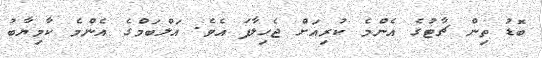
ބޮޑު ތިން ޗާޓުގެ އެންމެ ކުރިއަށް ޖެހިލާފަ އެވެ. އަލްބަމްގެ އެންމެ ކާމިޔާބު